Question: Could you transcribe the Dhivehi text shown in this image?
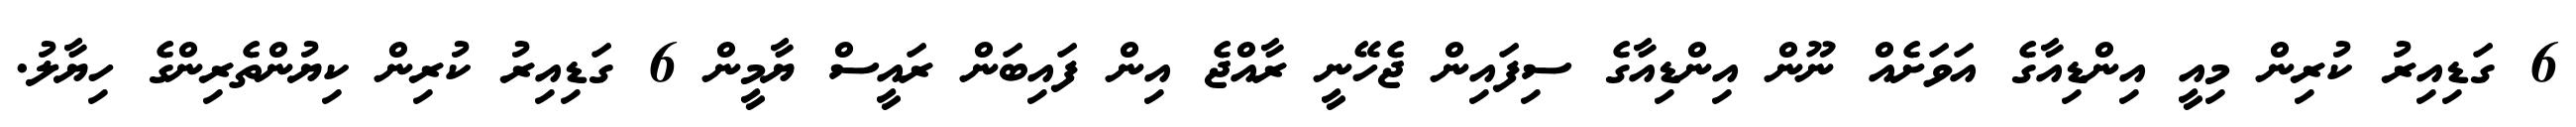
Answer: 6 ގަޑިއިރު ކުރިން މިއީ އިންޑިއާގެ އަވަށެއް ނޫން އިންޑިއާގެ ސިފައިން ޖެހޭނީ ރާއްޖެ އިން ފައިބަން ރައީސް ޔާމީން 6 ގަޑިއިރު ކުރިން ކިޔުންތެރިންގެ ހިޔާލު.